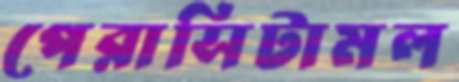
পেরাসিটামল